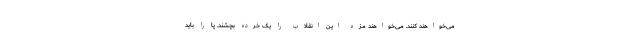
می‌خواهند کنند. می‌خواهند مزه این انقلاب را یک خرده بچشند. پا را باید